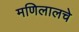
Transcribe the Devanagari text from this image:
मणिलालचे